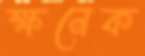
ক্ষনেক